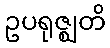
ဥပရုဇ္ဈတိ